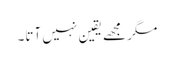
مگر مجھے یقین نہیں آتا۔